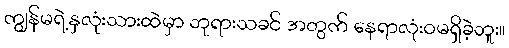
ကျွန်မရဲ့နှလုံးသားထဲမှာ ဘုရားသခင် အတွက် နေရာလုံးဝမရှိခဲ့ဘူး။